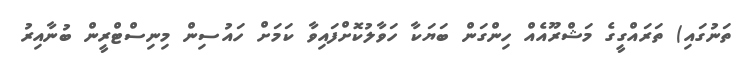
ތަނުގައި) ތަރައްގީގެ މަޝްރޫއެއް ހިންގަން ބަޔަކާ ހަވާލުކޮށްފައިވާ ކަމަށް ހައުސިން މިނިސްޓްރީން ބުނާއިރު